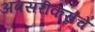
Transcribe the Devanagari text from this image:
अवसरीकरांचे